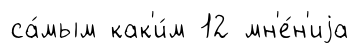
са́мым как'и́м 12 мн'е́н'иjа